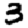
Digit: 3